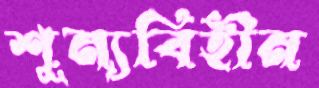
শূন্যবিহীন